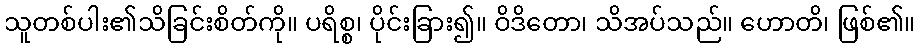
သူတစ်ပါး၏သိခြင်းစိတ်ကို။ ပရိစ္စ၊ ပိုင်းခြား၍။ ဝိဒိတော၊ သိအပ်သည်။ ဟောတိ၊ ဖြစ်၏။